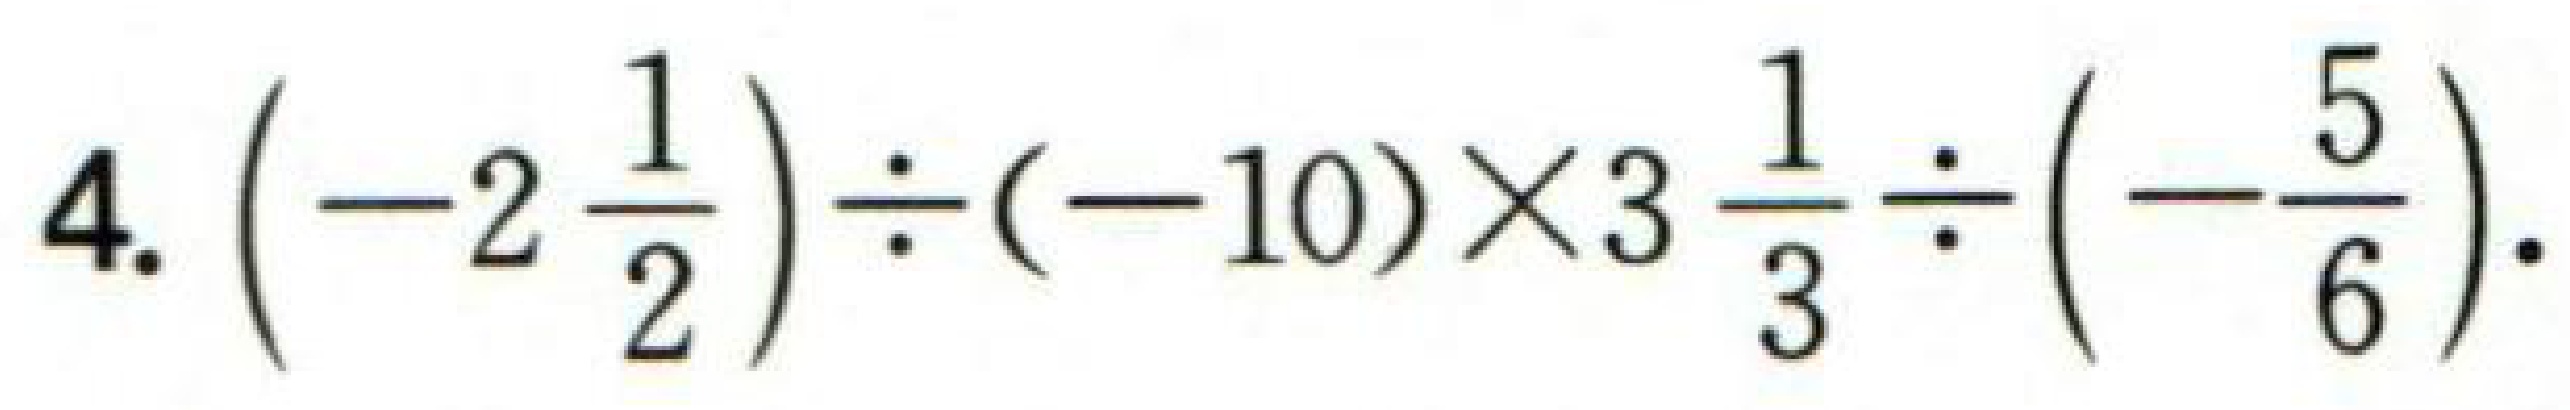
$4.\left(-2\frac{1}{2}\right)\div(-10)\times3\frac{1}{3}\div\left(-\frac{5}{6}\right).$